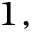
^ { 1 , }